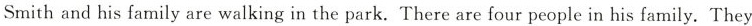
Smith and his family are walking in the park, There are four people in his family. They